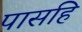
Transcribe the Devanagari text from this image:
पासहि